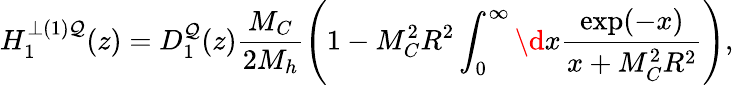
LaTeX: H_{1}^{\perp(1)\mathcal{Q}}(z)=D_{1}^{\mathcal{Q}}(z)\frac{{M_{C}}}{{2M_{h}}}\left(1-M_{C}^{2}R^{2}\int_{0}^{\infty}\d{x}\frac{{\exp(-x)}}{{x+M_{C}^{2}R^{2}}}\right),